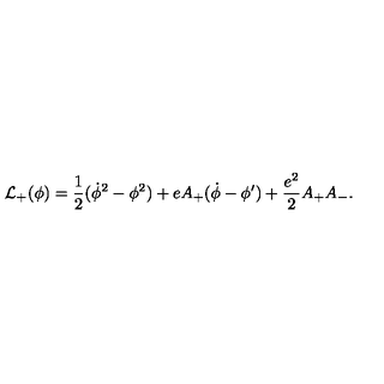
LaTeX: { \cal L } _ { + } ( \phi ) = { \frac { 1 } { 2 } } ( \dot { \phi } ^ { 2 } - \phi ^ { 2 } ) + e A _ { + } ( \dot { \phi } - \phi ^ { \prime } ) + { \frac { e ^ { 2 } } { 2 } } A _ { + } A _ { - } .